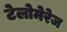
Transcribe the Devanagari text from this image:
टेलोमेरेज